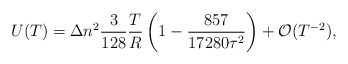
\begin{align*}U(T)= \Delta n^2 \frac{3}{128}\frac{T}{R}\left ( 1-\frac{857}{17280\tau ^2} \right ) +{\cal O}(T^{-2}){,}\end{align*}